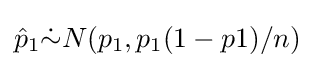
{\hat {p}}_{1}{\dot {\sim }}N(p_{1},p_{1}(1-p1)/n)